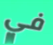
في